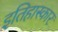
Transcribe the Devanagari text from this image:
इतिहास्कार